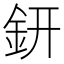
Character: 鈃